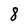
Character: 8